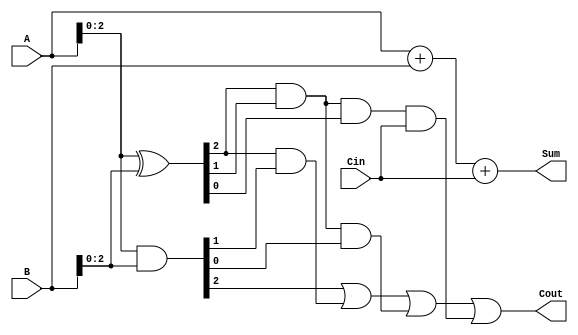
module CarryLookaheadAdder (
    input [3:0] A,
    input [3:0] B,
    input Cin,
    output [3:0] Sum,
    output Cout
);

// Generate the intermediate signals needed for carry lookahead computation
wire [3:0] P, G;
assign P = A ^ B;
assign G = A & B;

// Compute the carry signals for each bit position
wire [3:0] C;
assign C[0] = Cin;
assign C[1] = G[0] | (P[0] & Cin);
assign C[2] = G[1] | (P[1] & G[0]) | (P[1] & P[0] & Cin);
assign C[3] = G[2] | (P[2] & G[1]) | (P[2] & P[1] & G[0]) | (P[2] & P[1] & P[0] & Cin);

// Compute the sum signals for each bit position
assign Sum = A + B + Cin;

// Compute the final carry-out signal
assign Cout = C[3];

endmodule